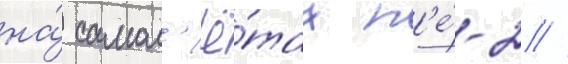
на́ самол'ё́тах п'е́-2 //